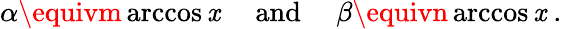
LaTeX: \alpha\equivm\operatorname{arccos}\mathit{x}\quad{\mathrm{{~and~}}}\quad\beta\equivn\operatorname{arccos}\mathit{x}~.